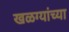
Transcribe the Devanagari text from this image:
खळग्यांच्या